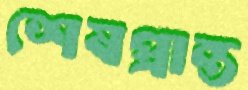
শেষপ্রান্ত